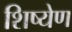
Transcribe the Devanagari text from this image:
शिष्येण